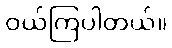
ဝယ်ကြပါတယ်။